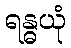
ရန္ဓယုံ